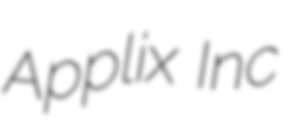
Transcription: Applix Inc